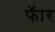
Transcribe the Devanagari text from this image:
फॅार